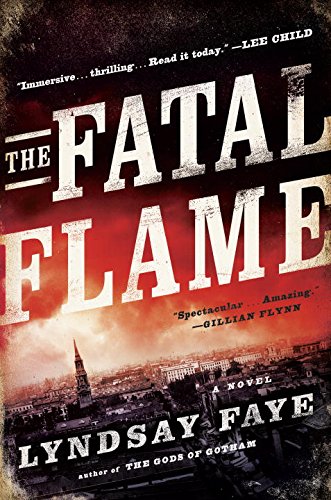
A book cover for The Fatal Flame; Lyndsay Faye; Literature & Fiction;